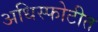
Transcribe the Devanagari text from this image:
अधिस्फोटीत